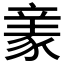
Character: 𧱏